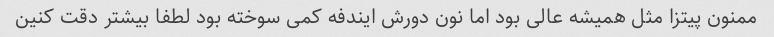
ممنون پیتزا مثل همیشه عالی بود اما نون دورش ایندفه کمی سوخته بود لطفا بیشتر دقت کنین